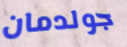
جولدمان